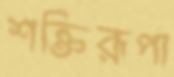
শক্তিরূপা